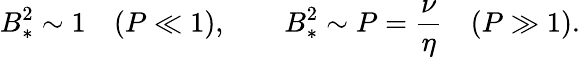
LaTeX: B_{*}^{2}\sim 1\quad(P\ll 1),\qquad B_{*}^{2}\sim P=\frac{\nu}{\eta}\quad(P\gg 1).